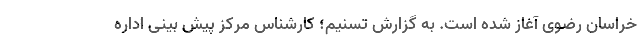
خراسان رضوی آغاز شده است. به گزارش تسنیم؛ کارشناس مرکز پیش بینی اداره